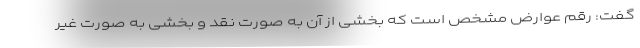
گفت: رقم عوارض مشخص است که بخشی از آن به صورت نقد و بخشی به صورت غیر